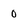
Character: 0